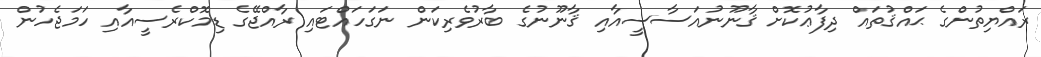
ރައްޔިތުންގެ ޙައްޤުތައް ދިފާޢުކޮށް ޤާނޫނުއަސާސީއާއި ޤާނޫނުގެ ބާރުވެރިކަން ނަގަހައްޓައި ރާއްޖޭގެ ޑިމޮކްރެސީއާއި ހަމަޖެހުން